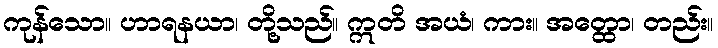
ကုန်သော။ ဟာရနယာ၊ တို့သည်။ ဣတိ အယံ၊ ကား။ အတ္ထော၊ တည်း။